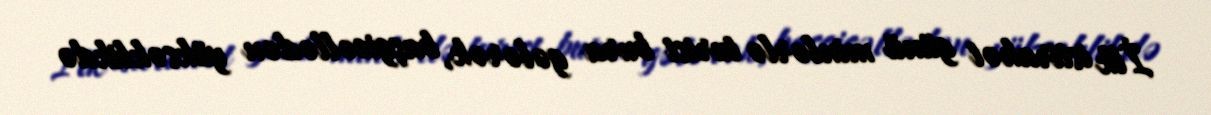
İlk istirahət günü minlərlə turist bura gələrək, başgicəllədən yüksəklikdə